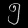
Digit: ၅